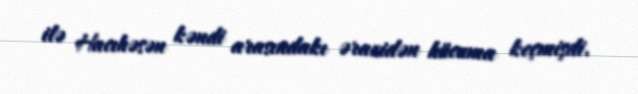
ilə Hacıhəsən kəndi arasındakı ərazidən hücuma keçmişdi.